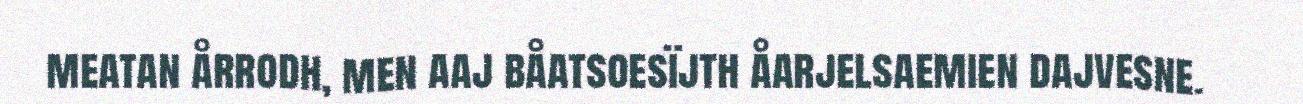
meatan årrodh, men aaj båatsoesïjth åarjelsaemien dajvesne.